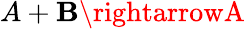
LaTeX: A+\mathbf{B}\rightarrowA